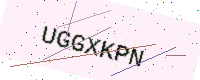
Text: UGGXKPN